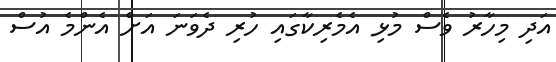
އަދި މިހާރު ވެސް މުޅި އެމެރިކާގައި ހުރި ދެވަނަ އަށް އެންމެ އުސް